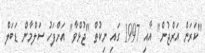
"ކަރަން އަރްޖުން" އާއި 1997 ގައި ނިކުތް "ޖުޅްވާ" އަށްފަހު ސަލްމާން ޑަބަލް